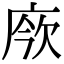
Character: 𢉄